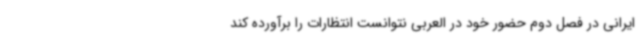
ایرانی در فصل دوم حضور خود در العربی نتوانست انتظارات را برآورده کند